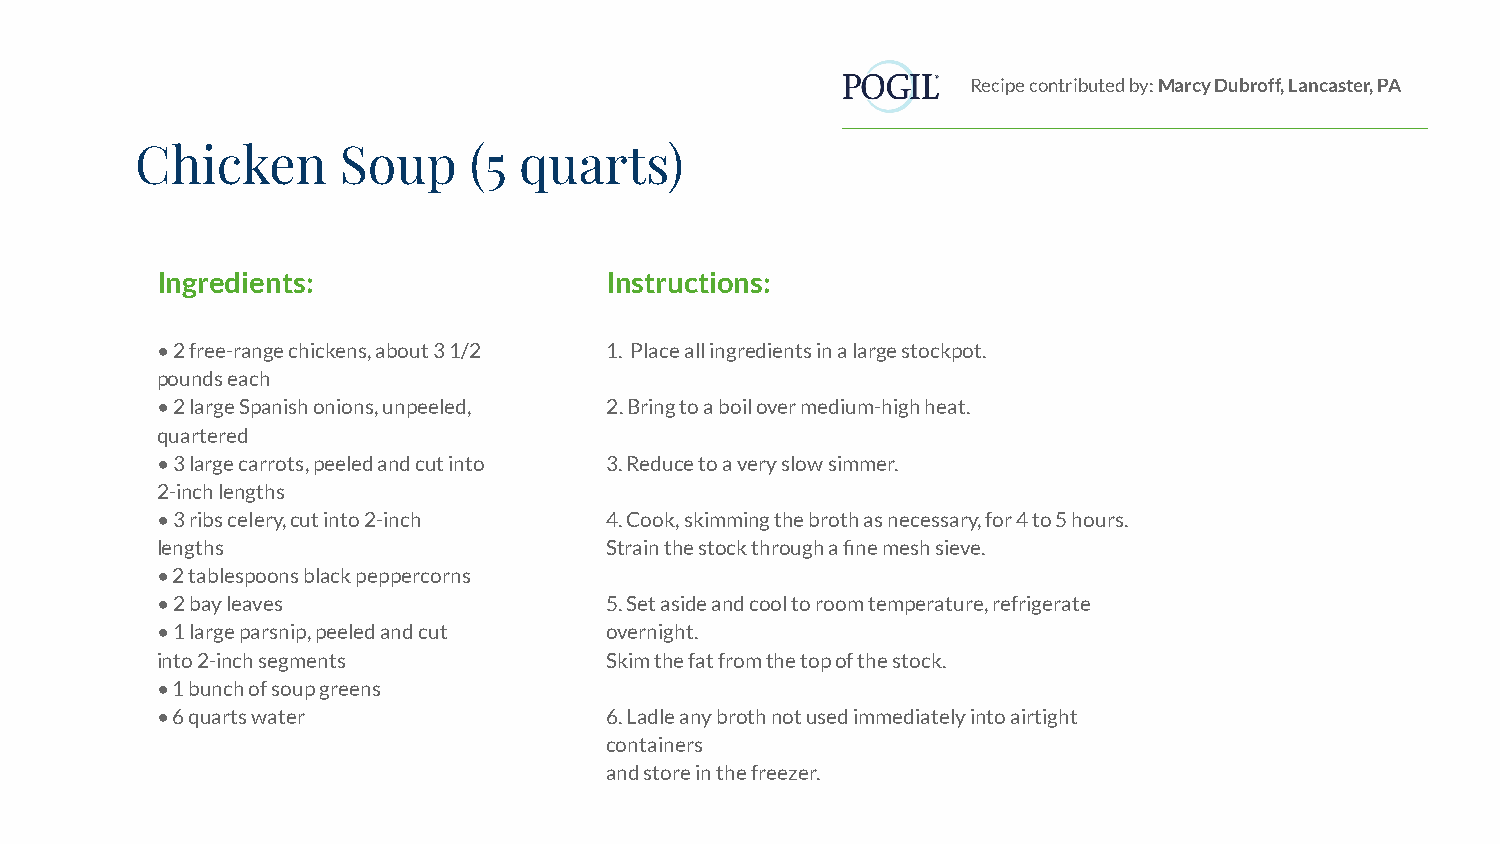
Recipe contributed by: Marcy Dubroff, Lancaster, PA
 Chicken      Soup     (5 quarts)
 Ingredients:                  Instructions:
 • 2 free-range chickens, about 3 1/2 1. Place all ingredients in a large stockpot.
 pounds each
 • 2 large Spanish onions, unpeeled, 2. Bring to a boil over medium-high heat.
 quartered
 • 3 large carrots, peeled and cut into 3. Reduce to a very slow simmer.
 2-inch lengths
 • 3 ribs celery, cut into 2-inch 4. Cook, skimming the broth as necessary, for 4 to 5 hours.
 lengths                       Strain the stock through a fine mesh sieve.
 • 2 tablespoons black peppercorns
 • 2 bay leaves                5. Set aside and cool to room temperature, refrigerate
 • 1 large parsnip, peeled and cut overnight.
 into 2-inch segments          Skim the fat from the top of the stock.
 • 1 bunch of soup greens
 • 6 quarts water              6. Ladle any broth not used immediately into airtight
 containers
 and store in the freezer.